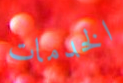
الخدمات